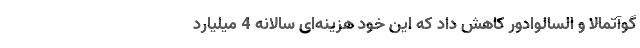
گوآتمالا و السالوادور کاهش داد که این خود هزینه‌ای سالانه 4 میلیارد